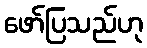
ဖော်ပြသည်ဟု